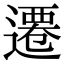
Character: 遷